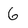
Character: G